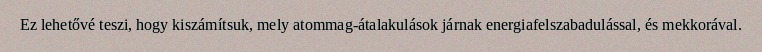
Ez lehetővé teszi, hogy kiszámítsuk, mely atommag-átalakulások járnak energiafelszabadulással, és mekkorával.